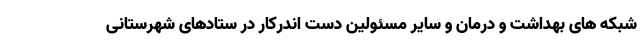
شبکه های بهداشت و درمان و سایر مسئولین دست اندرکار در ستادهای شهرستانی